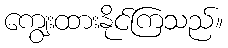
ကျွေးထားနိုင်ကြသည်။